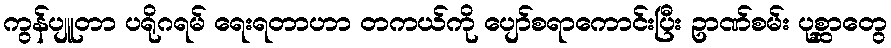
ကွန်ပျူတာ ပရိုဂရမ် ရေးရတာဟာ တကယ်ကို ပျော်စရာကောင်းပြီး ဥာဏ်စမ်း ပုစ္ဆာတွေ